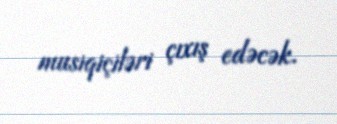
musiqiçiləri çıxış edəcək.